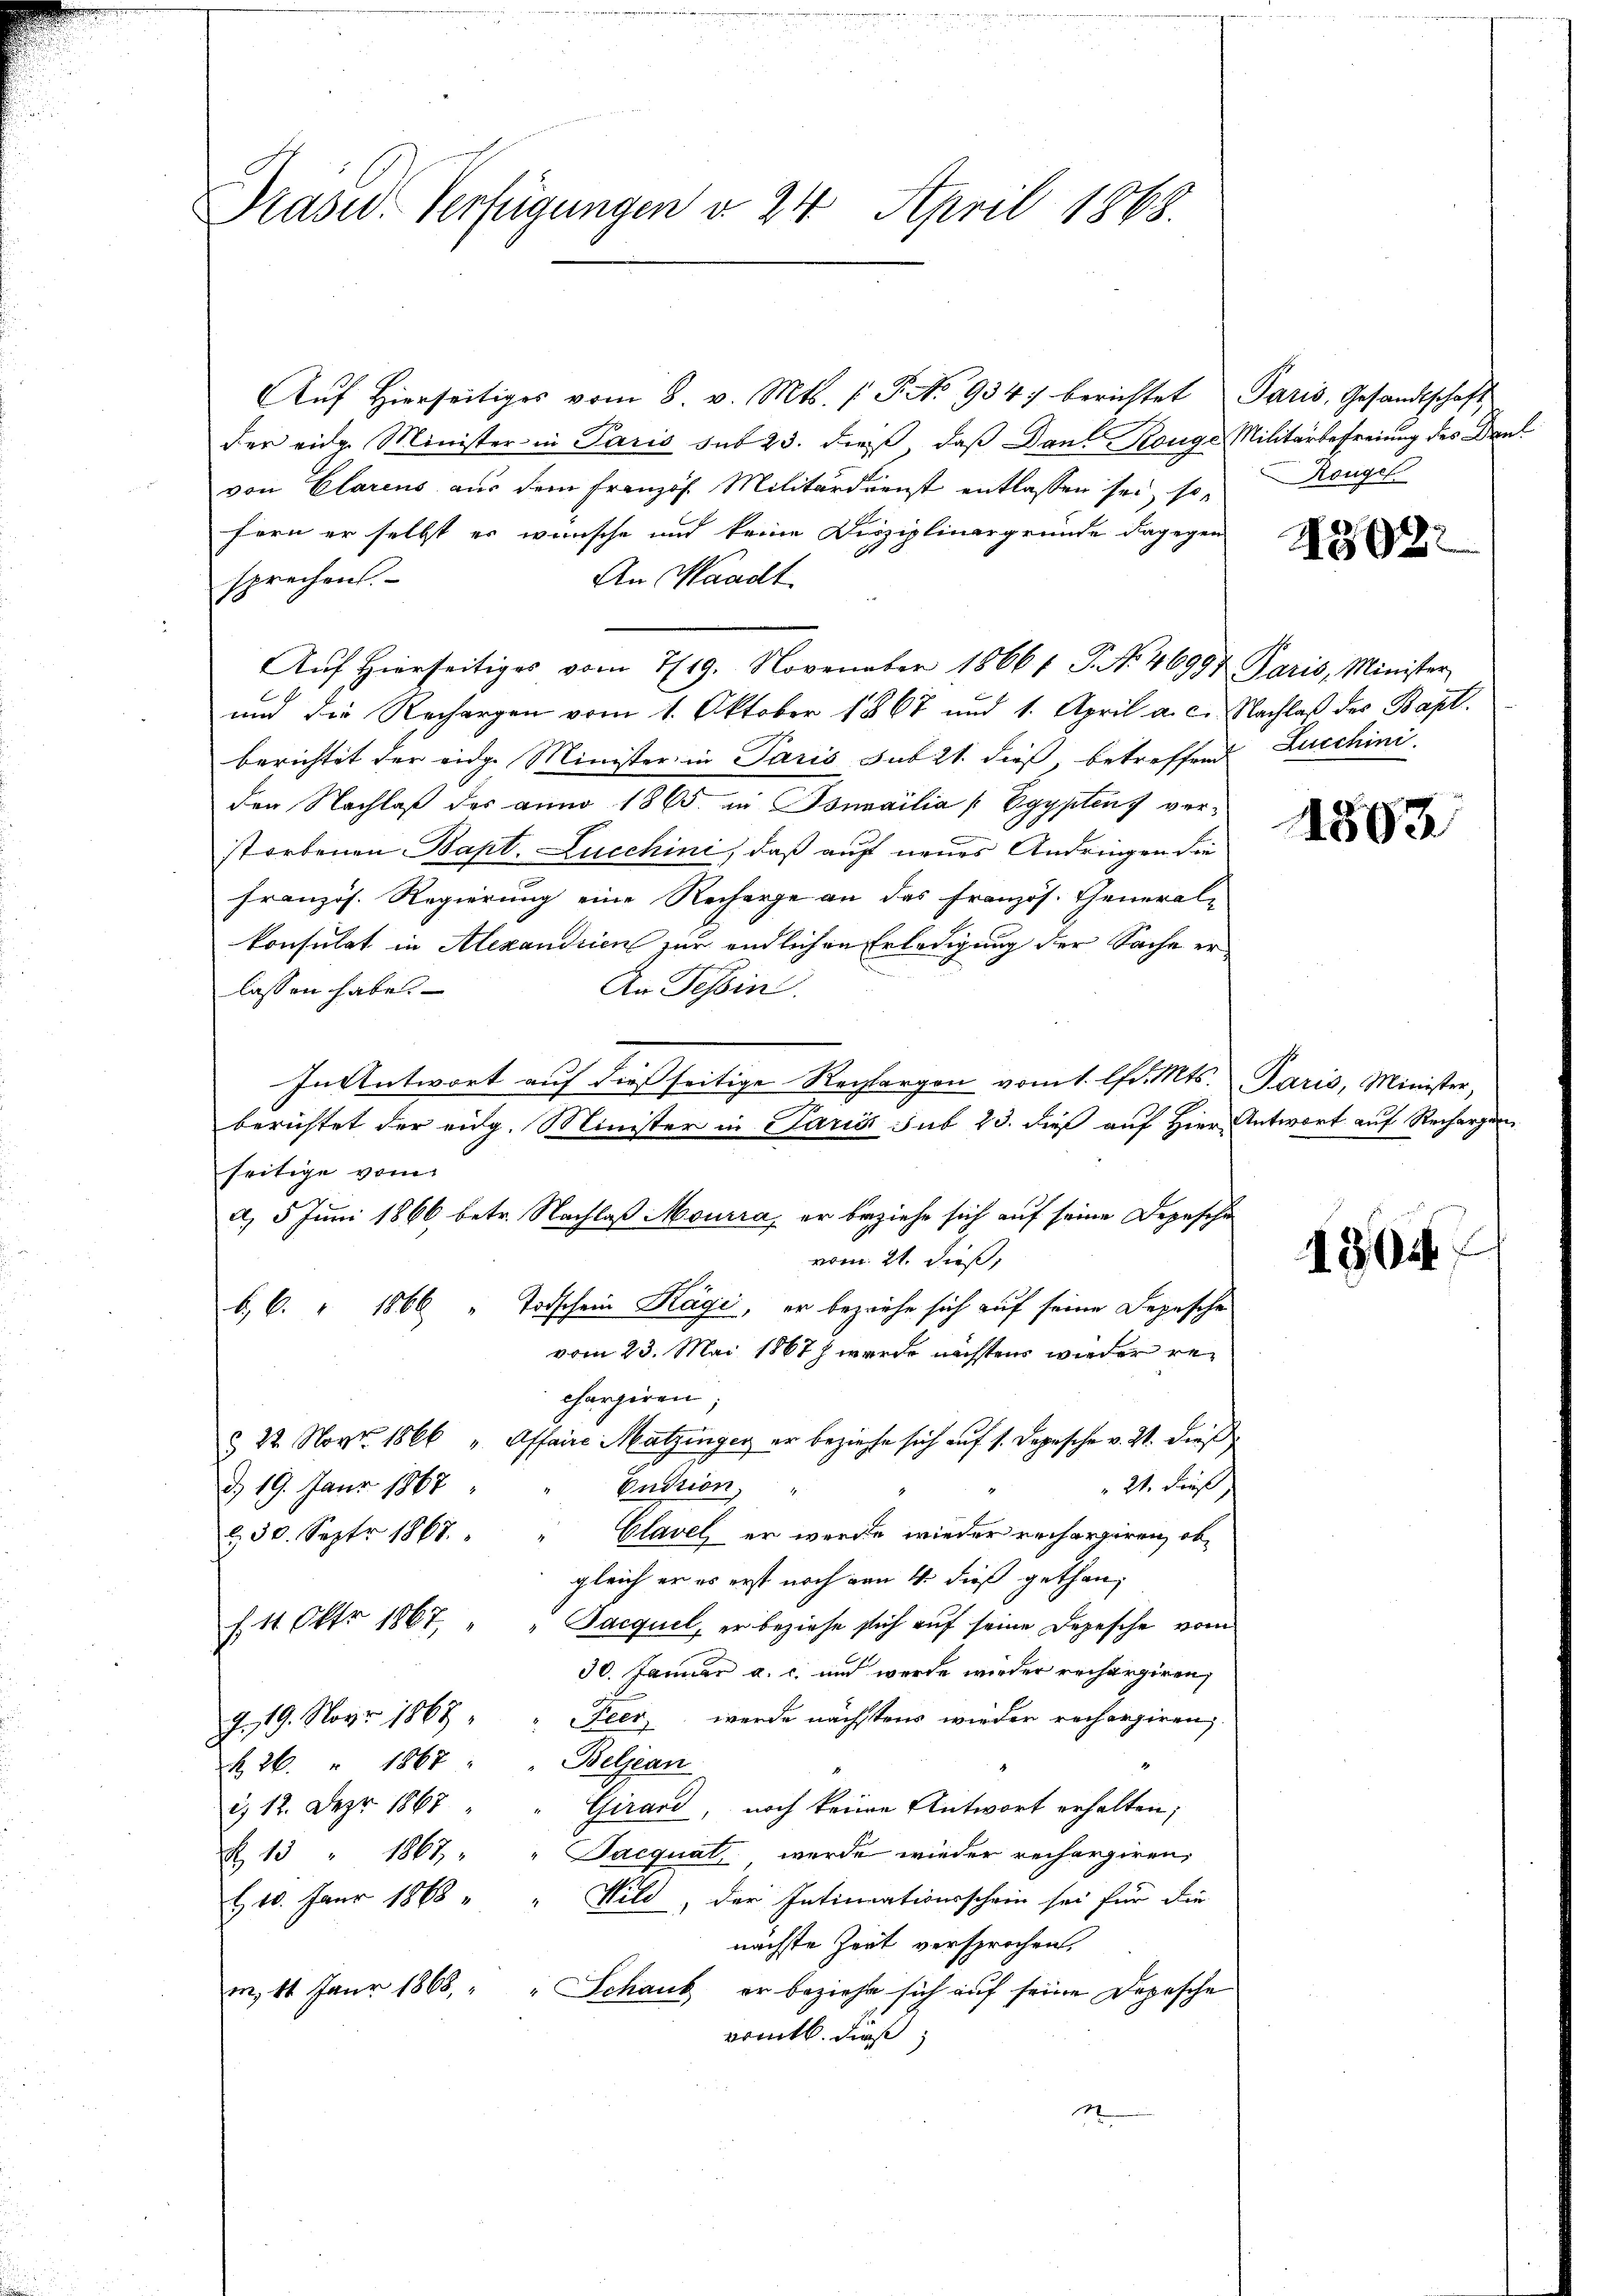
Präser Verfügungen v. 24. April 1868.

Aŭf Hierseitiges vom 8. v. Mts. (T. No 934 berichtet Paris, Gesandtschaft,
der eidg. Minister in Paris sub 23. dieß, daß Dank-Rouge Militärbefreiung des Del
von Clarens aus dem Französ. Militärdienst entlassen sei, so
fern er selbst es wünsche und keine Disziplinargrunde dagegen
An Waadt
sprechen.
Aŭf Hierseitiges vom 7/19. November 18661. P. Nr. 46997 Paris, Minister
und die Rechargen vom 1. Oktober 1867 und 1. April a. c. Nachlaß des Bapt.
berichtet der eidg. Minister in Paris sub 21. dieß, betreffend Lucchini
den Nachlaß des anno 1865 in Sonnailia Egyptens verstorbenen Bapt. Lucchini, daß auf neues Andringen die
französ. Regierung eine Recharge an das Französ. General-
konsulat in Alexandrien zur endlichen Erledigung der Sache er¬
An Tessin.
lassen habe.
In Antwort auf dies seitige Rechtergen vom 1. lfd. Mts. Paris, Minister,
berichtet der eidg. Minister in Paris sub 23. dieß auf Hier Antwort auf Rechargen
seitige vom
a, 5 Juni 1866 betr. Nachlaß Mourra, er beziehe sich auf seine Depesche
vom 21. dieß,
b, 6. " 1866 " Todschein Häge, er beziehe sich auf seine Depesche
vom 23. Mai 1867 wurde nächstens wieder rechargiren,
§ 22. Nov. 1866 " Affaire Matzinger er beziehe sich auf 1. Depesche v. 21. dies
" 21. dieß,
Cudrion,
d. 19. Janr 1867
Glavel er werde wieder rechargiren, ob
.50. Septr 1867.
gleich er es erst noch von 4. dieß gethan,
f. 11. Oktr 1867,
Sacquel, er beziehe sich auf seine Depesche vom
30. Januar a. c. und werde wieder rechargiren,
g. 19. Nov. 1868 " " Feer werde nächstens wieder rechergiren;
k 26. " 1867 " " Beljean
d. 12. Dez. 1867
Girard, noch keine Antwort erhalten,
Jacquat, werde wieder rechargiren,
13" 1867
E 10. Janr 1868 " " Wild, der Intimationsschein sei für die
nächste Zeit versprochen.
m. 11 Janr 1868, " " Schaub er beziehe sich auf seine Depesche
romtl. dieß,
1

Rougel

4308

1502

1904